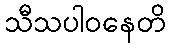
သီသပါဝနေတိ